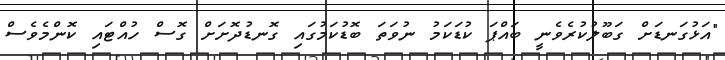
"އަޅުގަނޑަށް ގަބޫލުކުރެވެނީ ބައްޕަ ކުޑަކަމު ނުވަތަ ބޮޑުކަމުގައި ގޮނޑުދޮށަށް ގޮސް ހުއްޓައި ކޮންމެވެސް